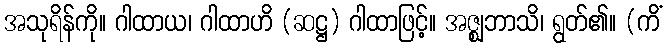
အသုရိန်ကို။ ဂါထာယ၊ ဂါထာဟိ (ဆဋ္ဌ) ဂါထာဖြင့်။ အဇ္ဈဘာသိ၊ ရွတ်၏။ (ကိံ